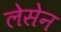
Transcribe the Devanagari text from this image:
लेसेन